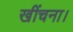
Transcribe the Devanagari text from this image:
खींचना।